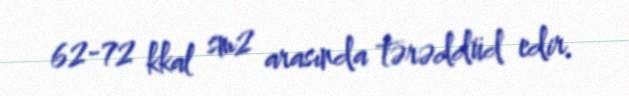
62-72 kkal sm2 arasında tərəddüd edir.